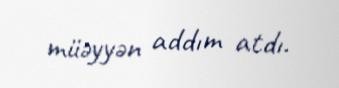
müəyyən addım atdı.